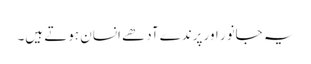
یہ جانور اور پرندے آدھے انسان ہوتے ہیں۔